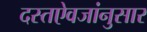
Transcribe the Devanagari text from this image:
दस्तऐवजांनुसार